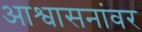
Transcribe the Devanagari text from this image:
आश्वासनांवर